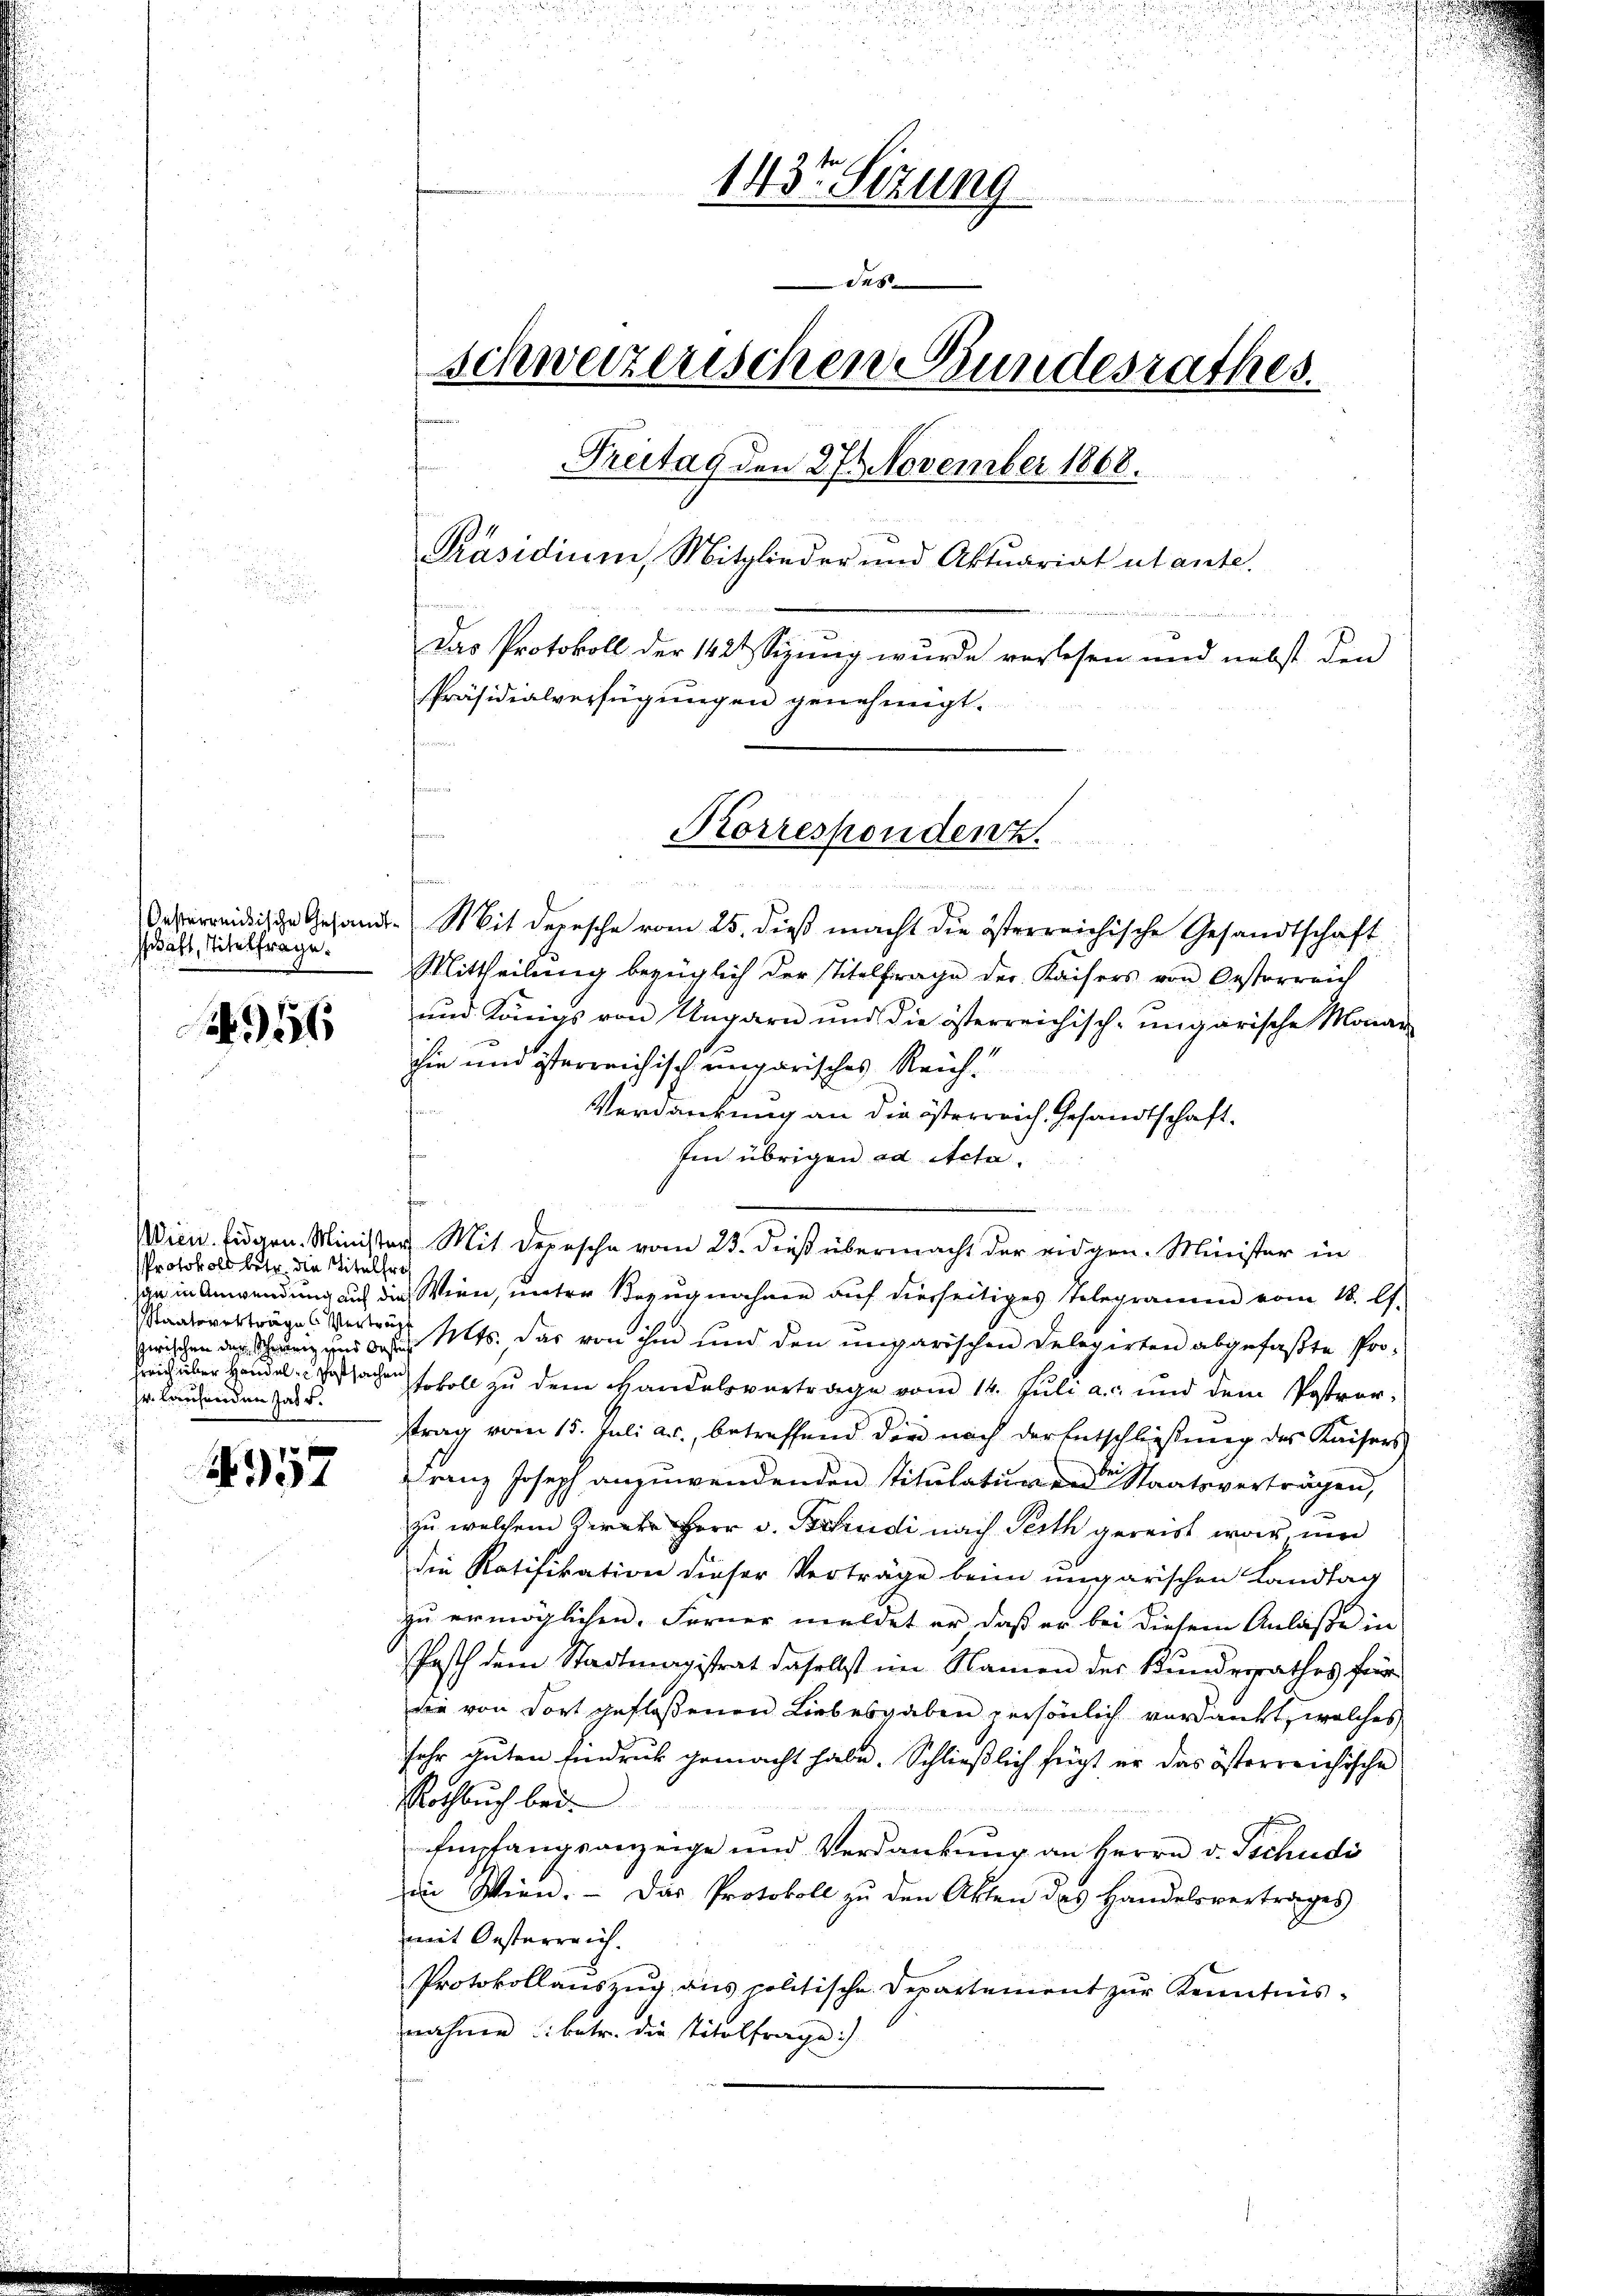
schaft, Titelfrage.

456

Protokoll betr. die Titelfre
Staatsverträges Verträg
Zwischen der Schwenig und bestal
sr. laufenden Jahr.

457

.
e
t
un
1437 Sizung
des
schweizerischen Bundesrathes.
Treitag den 27 November 1868.
Präsidium, Mitglieder und Aktuariat autante.
i
Das Protokoll der 1424 Sizung wurde verlesen und nebst den
Präsidialverfügungen genehmigt.

Erinne einen
Oeridische Gesandt-Soit depesche vom 25. dieß macht die österreichische Gesandtschaft
Mittheilung bezüglich der Titelfrage der Kaisers von Oesterreich
und Königs von Ungarn und die österreichisch-ungarische Monar
hie und österreichisch ungarisches Reichn
Verdankung an die österreich, Gesandtschaft.
Ien übrigen ad Acta.
u
ia in Anwendung auf die Wien, unter Bezugnahme auf dierseitiges Telegramm vom 18. A.
MMts. das von ihm und den ungarischen Delegirten abgefaßte Pro¬
Zeich über Handelssachen soll zu dem Handelsvertrage vom 14. Juli a. und dem Postrortrag vom 15. Juli a.c., betreffend die nach der Entschließung des Kaisers
Franz Joseph anzuwendenden Titulaturen Staatsverträgen,
zu welchem Zirate Herr v. Betradi nach Perth gereist war und
die Ratifikation dieser Verträge beim ungarischen Landtag
zu ermöglichen. Ferner meldet er daß er bei diesem Anlaße in
Pasch dem Stadtmagistrat daselbst im Namen der Kundesrathes für
die von dort gefloßenen Liebesgaben persönlich verdankt, welches
sehr guten Eindruck gemacht habe. Schließlich fügt er das österreichische
Rochbuch bei.
Empfangsanzeige und Verdankung an Herrn v. Tschudi
in Wien. - Das Protokoll zu den Akten des Handelsvertrages
mit Oesterreich.
Protokollauszug aus politische Departement zur Kenntnisnahme u. betr. die titolfrage:)

Korrespondenz.

Wien. Eidgen. Minister Mit Depesche vom 23. dieß übermacht der eidgen. Minister in

h

u